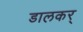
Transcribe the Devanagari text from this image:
डालकर्